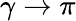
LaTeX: \gamma\to\pi